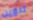
تلوين